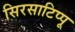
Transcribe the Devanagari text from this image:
सिरसाटिप्पू